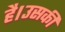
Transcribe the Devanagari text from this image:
है।उसकी